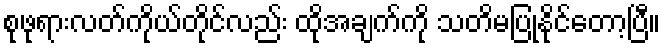
စုဖုရားလတ်ကိုယ်တိုင်လည်း ထိုအချက်ကို သတိမပြုနိုင်တော့ပြီ။